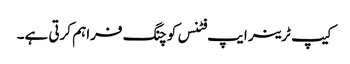
کیپ ٹرینر ایپ فٹنس کوچنگ فراہم کرتی ہے۔